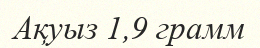
Ақуыз 1,9 грамм